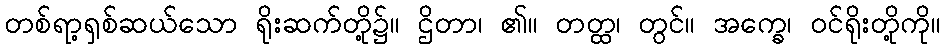
တစ်ရာ့ရှစ်ဆယ်သော ရိုးဆက်တို့၌။ ဌိတာ၊ ၏။ တတ္ထ၊ တွင်။ အက္ခေ၊ ဝင်ရိုးတို့ကို။